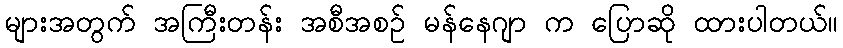
များအတွက် အကြီးတန်း အစီအစဉ် မန်နေဂျာ က ပြောဆို ထားပါတယ်။